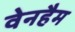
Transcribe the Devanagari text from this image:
वेनहैम